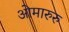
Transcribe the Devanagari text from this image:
ओमारुरु